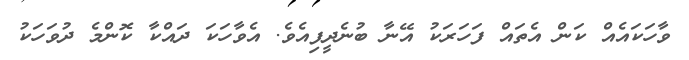
ވާހަކައެއް ކަން އެތައް ފަހަރަކު އޭނާ ބުނެދީފިއެވެ. އެވާހަކަ ދައްކާ ކޮންމެ ދުވަހަކު